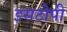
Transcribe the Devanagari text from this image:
इसटोपी